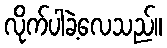
လိုက်ပါခဲ့လေသည်။